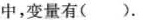
中，变量有()。